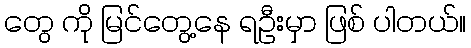
တွေ ကို မြင်တွေ့နေ ရဦးမှာ ဖြစ် ပါတယ်။